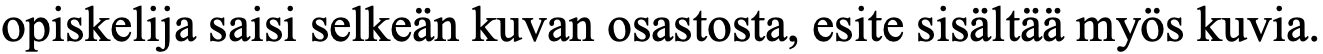
opiskelija saisi selkeän kuvan osastosta, esite sisältää myös kuvia.